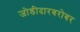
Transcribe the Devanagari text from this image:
जोडीदारबरोबर